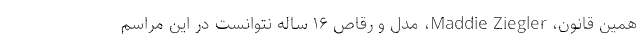
همین قانون، Maddie Ziegler، مدل و رقاص ۱۶ ساله نتوانست در این مراسم